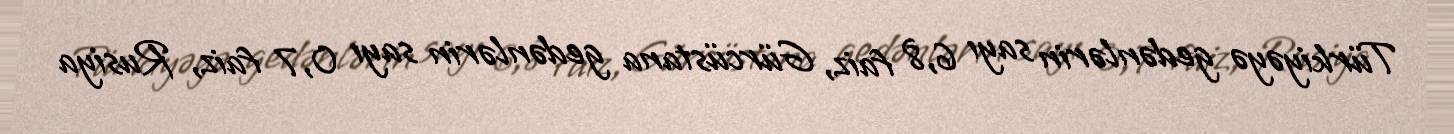
Türkiyəyə gedənlərin sayı 6,8 faiz, Gürcüstana gedənlərin sayı 0,7 faiz, Rusiya